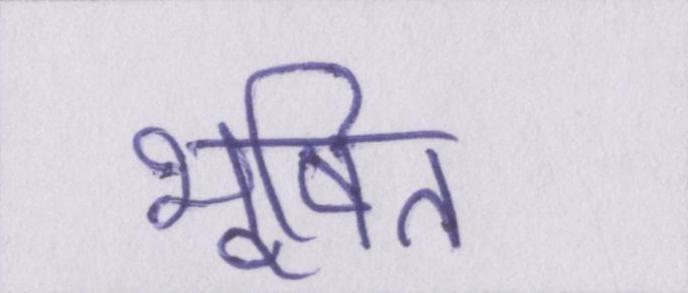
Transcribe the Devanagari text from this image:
भूषित